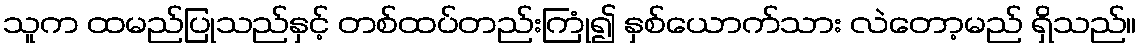
သူက ထမည်ပြုသည်နှင့် တစ်ထပ်တည်းကြုံ၍ နှစ်ယောက်သား လဲတော့မည် ရှိသည်။